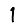
Digit: 1